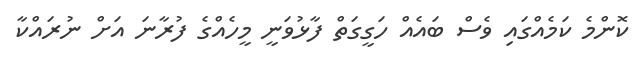
ކޮންމެ ކަމެއްގައި ވެސް ބައެއް ހަގީގަތް ފާޅުވަނީ މީހެއްގެ ފުރާނަ އަށް ނުރައްކާ